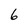
Character: 6